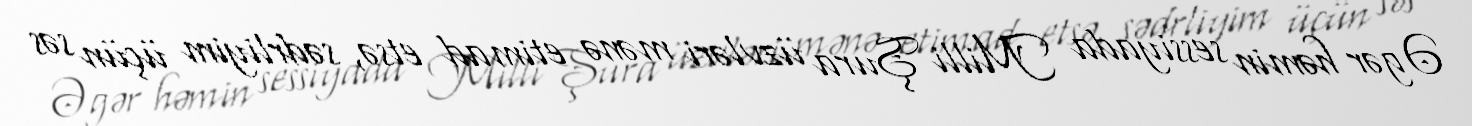
Əgər həmin sessiyada Milli Şura üzvləri mənə etimad etsə, sədrliyim üçün səs